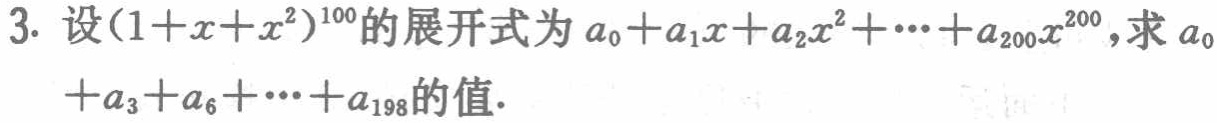
3. 设\((1 + x + x^{2})^{100}\)的展开式为\(a_{0}+a_{1}x + a_{2}x^{2}+\cdots + a_{200}x^{200}\)，求\(a_{0}+a_{3}+a_{6}+\cdots + a_{198}\)的值.